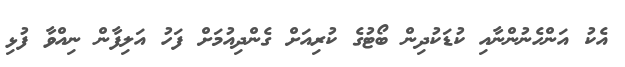
އެކު އަންހެނުންނާއި ކުޑަކުދިން ބޯޓުގެ ކުރިއަށް ގެންދިއުމަށް ފަހު އަލިފާން ނިއްވާ ފުޅި